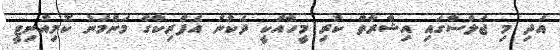
އަދި މި ޖަލްސާގައި އިޝާރާތް ކުރި މީހާއަކީ ދެކުނު އެފްރިކާގެ މަންމަނު ކޮމިއުނިޓީ